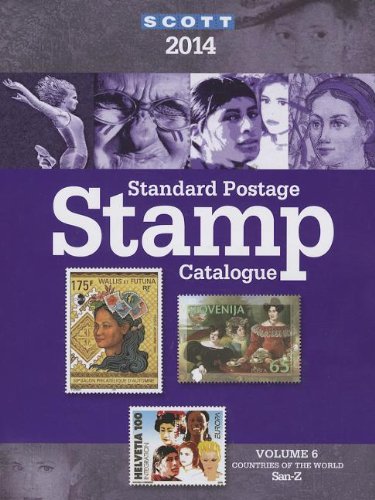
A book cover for Scott Standard Postage Stamp Catalogue, Volume 6: Countries of the World San-Z (Scott Standard Postage Stamp Catalogue: Vol.6: Countries Solomon Islands-Z); Charles Snee; Crafts, Hobbies & Home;